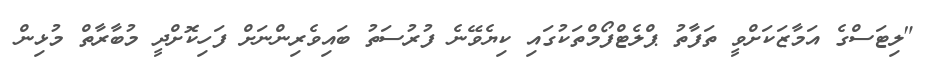
"ލިޓަސްގެ އަމާޒަކަށްވީ ތަފާތު ޕްލެޓްފޯމްތަކުގައި ކިޔެވޭނެ ފުރުސަތު ބައިވެރިންނަށް ފަހިކޮށްދީ މުބާރާތް މުޅިން